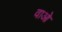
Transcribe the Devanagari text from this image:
वाओ